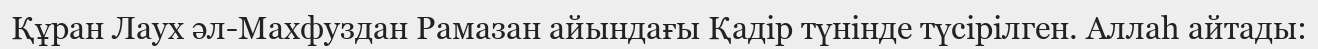
Құран Лаух әл-Махфуздан Рамазан айындағы Қадір түнінде түсірілген. Аллаһ айтады: